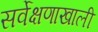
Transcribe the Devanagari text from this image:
सर्वेक्षणाखाली